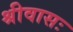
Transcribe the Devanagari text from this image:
श्रीवासः